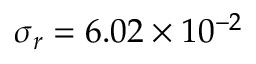
\sigma _ { r } = 6 . 0 2 \times 1 0 ^ { - 2 }